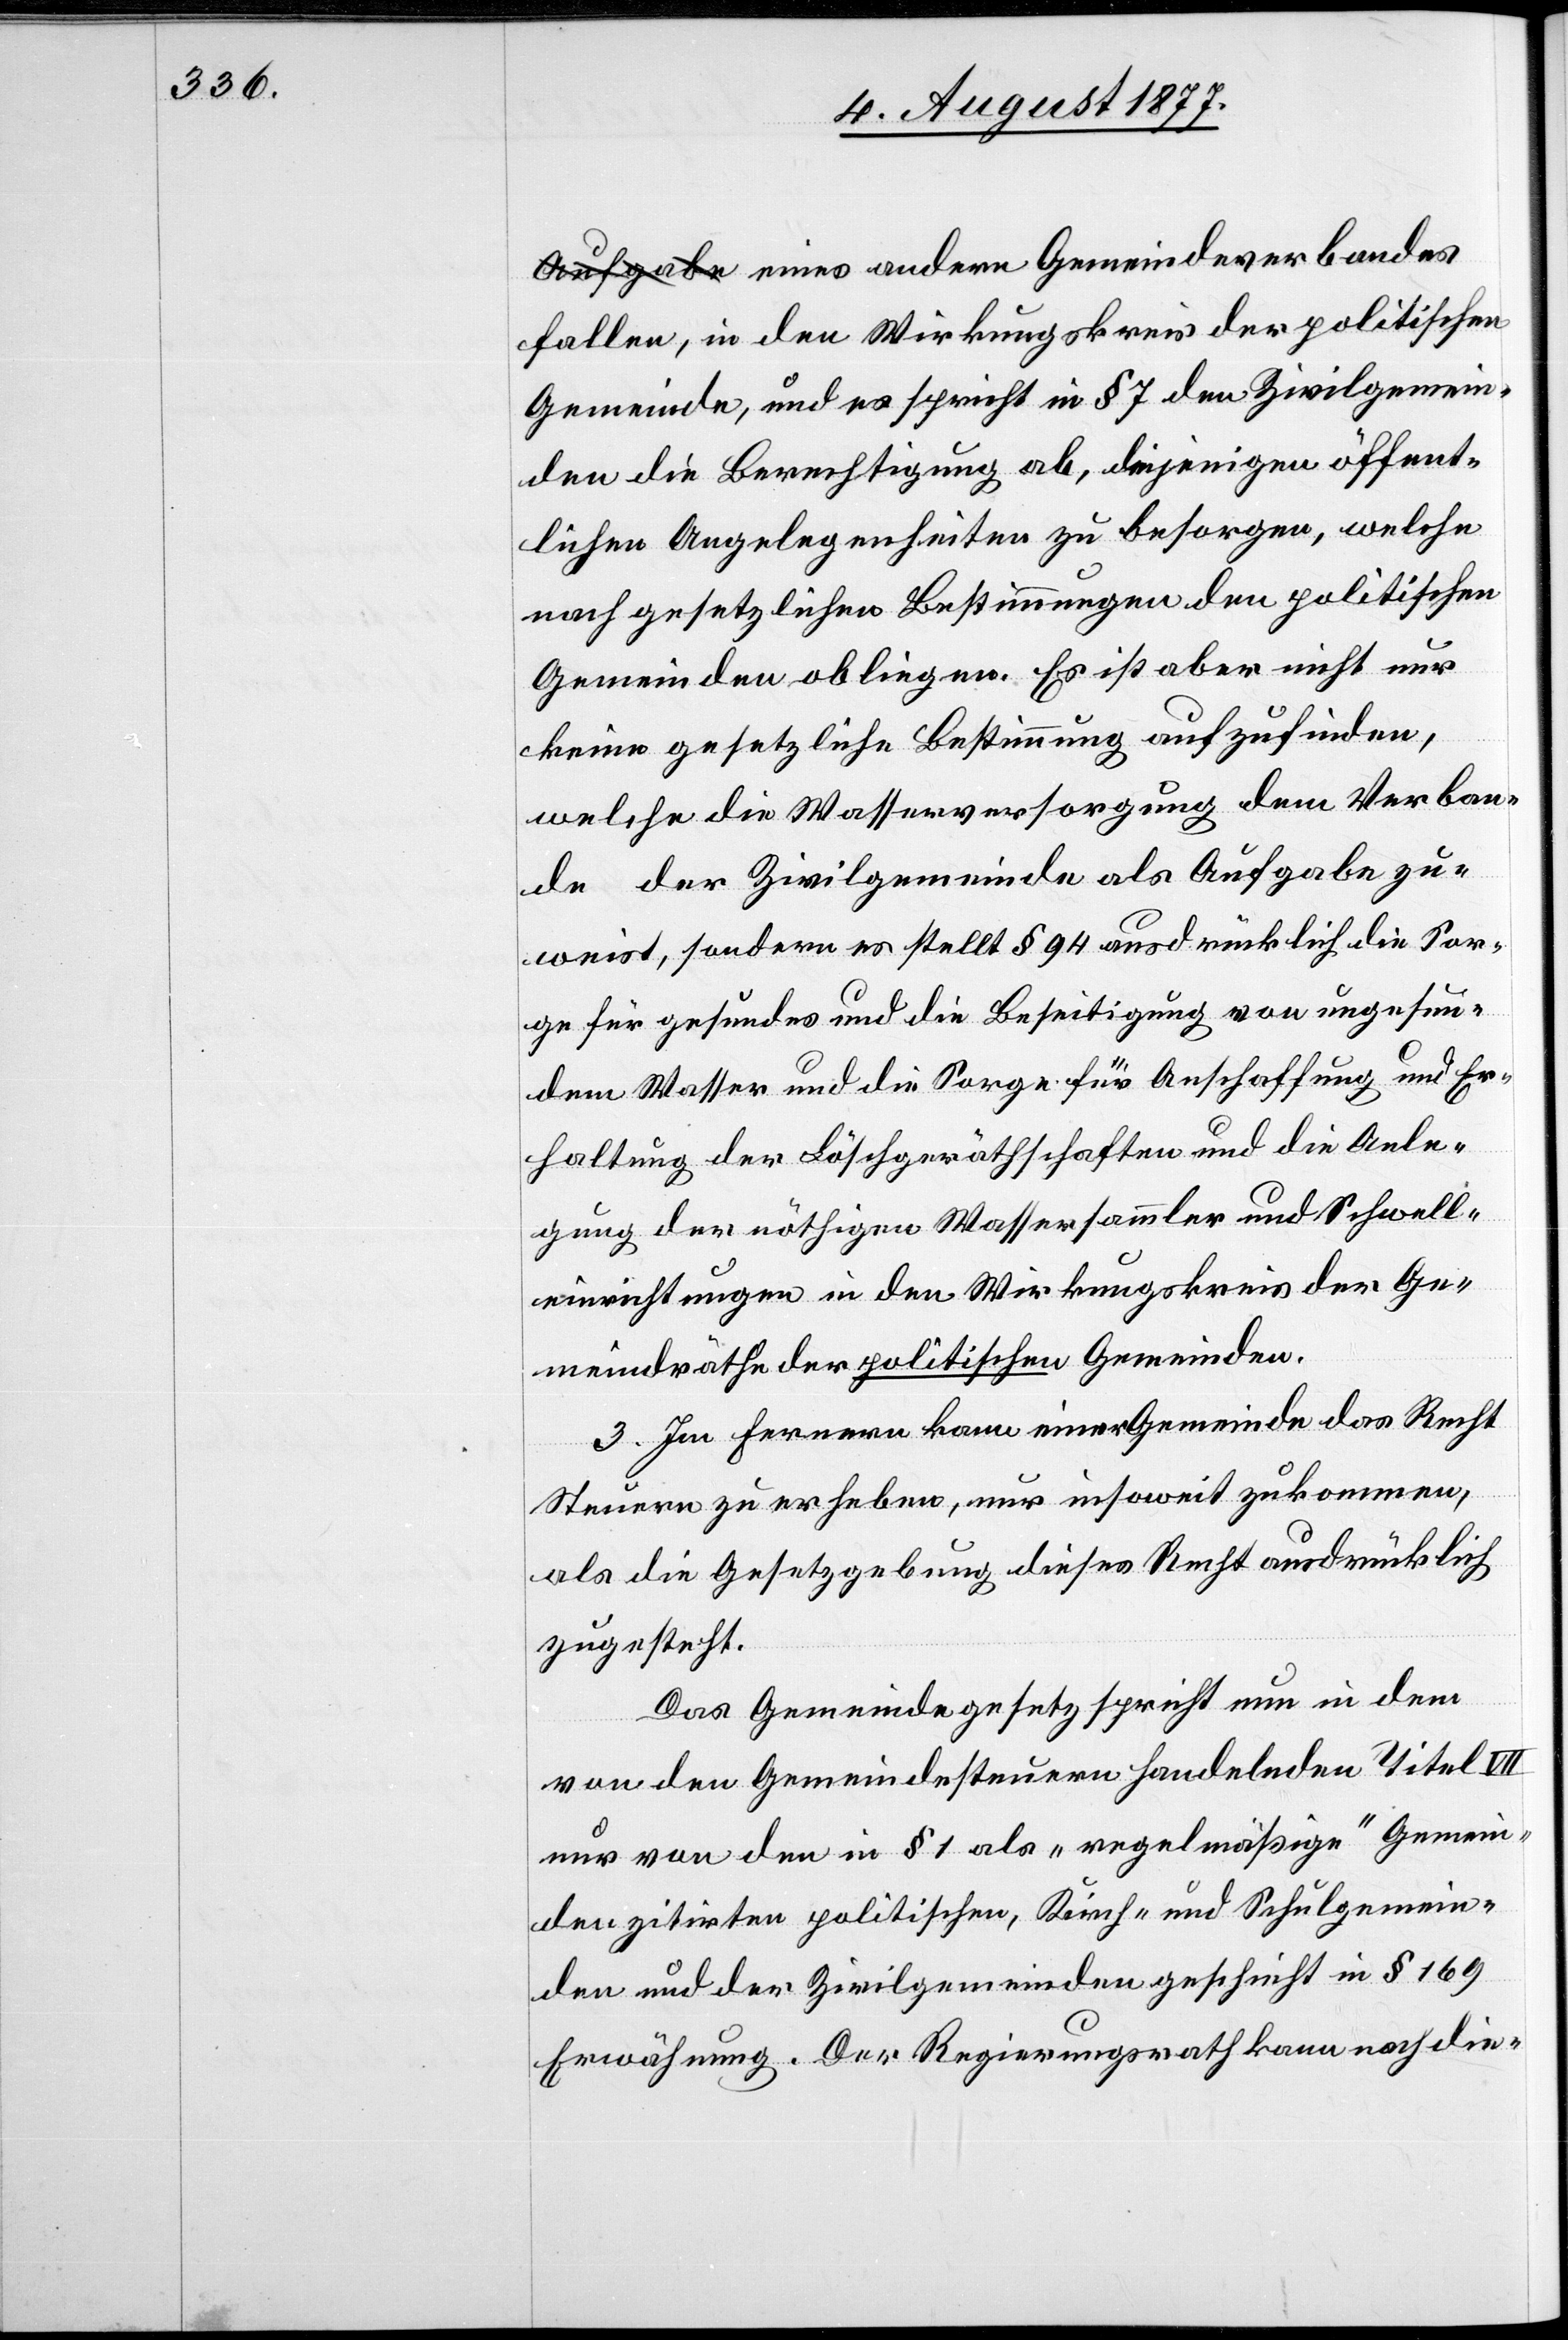
fallen, in den Wirkungskreis der politischen
Gemeinde, und es spricht in § 7 den Zivilgemein¬
den die Berechtigung ab, diejenigen öffent¬
lichen Angelegenheiten zu besorgen, welche
nach gesetzlichen Bestimmungen den politischen
Gemeinden obliegen. Es ist aber nicht nur
keine gesetzliche Bestimmung aufzufinden,
welche die Wasserversorgung dem Verban¬
de der Zivilgemeinde als Aufgabe zu¬
weist, sondern es stellt § 94 ausdrücklich die Sor¬
ge für gesundes und die Beseitigung von ungesun¬
dem Wasser und die Sorge für Anschaffung und Er¬
haltung der Löschgeräthschaften und die Anle¬
gung der nöthigen Wassersammler und Schwell¬
einrichtungen in den Wirkungskreis der Ge¬
meindräthe der politischen Gemeinden.
3. Im Fernern kann einer Gemeinde das Recht
Steuern zu erheben, nur insoweit zukommen,
als die Gesetzgebung dieses Recht ausdrücklich
zugesteht.
Das Gemeindegesetz spricht nun in dem
von den Gemeindesteuern handelnden Titel VII
nur von den in § 1 als „regelmäßige“ Gemein¬
den zitirten politischen, Kirch- und Schulgemein¬
den und der Zivilgemeinden geschieht in § 169
Erwähnung. Der Regierungsrath kann nach die-